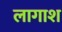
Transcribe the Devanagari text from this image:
लागाश